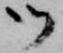
御